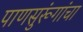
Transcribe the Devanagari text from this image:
पाणसुरूंगांचा